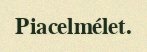
Piacelmélet.